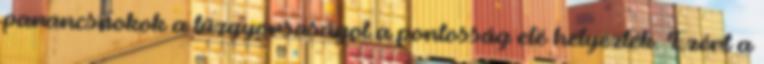
parancsnokok a tűzgyorsaságot a pontosság elé helyezték. Ezért a